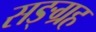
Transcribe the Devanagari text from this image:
सङ्ग्रह